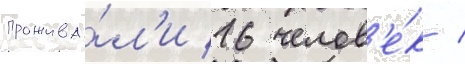
прожива́л'и 16 челов'е́к /